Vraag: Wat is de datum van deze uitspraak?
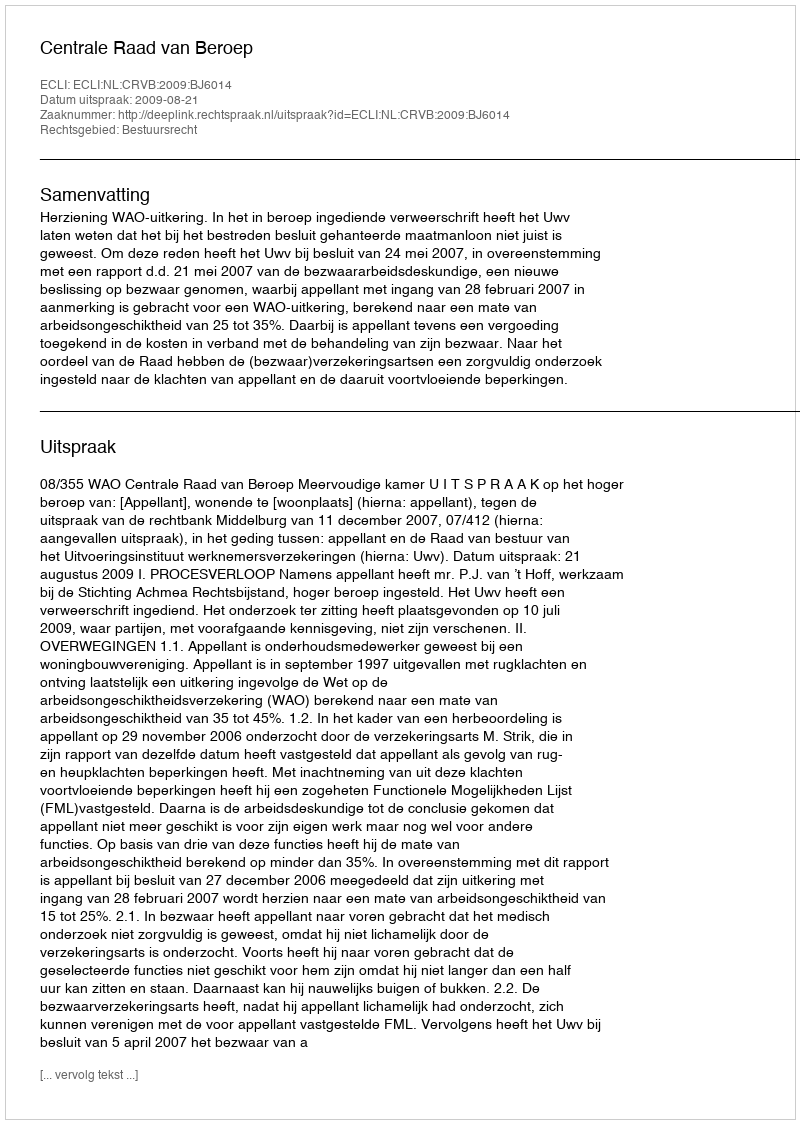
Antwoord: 2009-08-21